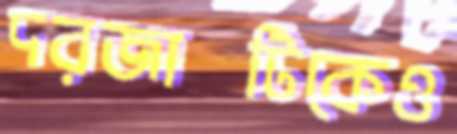
দরজাটিকেও